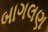
બાગલણ